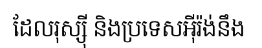
ដែលរុស្ស៊ី និងប្រទេសអ៊ីរ៉ង់នឹង